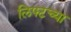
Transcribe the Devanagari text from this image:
लिफ्टच्या